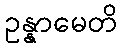
ဥန္နာမေတိ